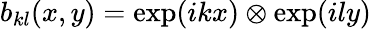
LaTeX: b_{kl}(x,y)=\exp(ikx)\otimes\exp(ily)